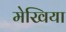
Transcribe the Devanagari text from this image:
मेखिया